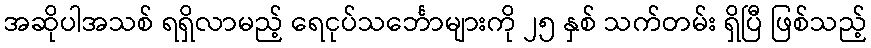
အဆိုပါအသစ် ရရှိလာမည့် ရေငုပ်သင်္ဘောများကို ၂၅ နှစ် သက်တမ်း ရှိပြီ ဖြစ်သည့်